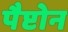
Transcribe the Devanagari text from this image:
पैप्टोन